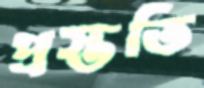
প্রস্ততি